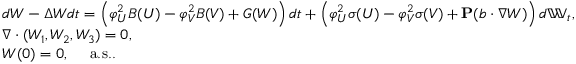
\begin{array} { r l } & { d W - \Delta W d t = \left( \varphi _ { U } ^ { 2 } B ( U ) - \varphi _ { V } ^ { 2 } B ( V ) + G ( W ) \right) d t + \left( \varphi _ { U } ^ { 2 } \sigma ( U ) - \varphi _ { V } ^ { 2 } \sigma ( V ) + \mathbf { P } ( b \cdot \nabla W ) \right) d \mathbb { W } _ { t } , } \\ & { \nabla \cdot ( W _ { 1 } , W _ { 2 } , W _ { 3 } ) = 0 , } \\ & { W ( 0 ) = 0 , \quad \mathrm { ~ a . s . . ~ } } \end{array}